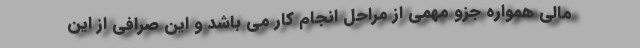
مالي همواره جزو مهمي از مراحل انجام كار مي باشد و اين صرافي از اين